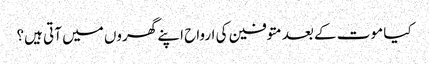
کیا موت کے بعد متوفین کی ارواح اپنے گھروں میں‌ آتی ہیں؟